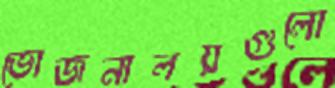
ভোজনালয়গুলো